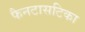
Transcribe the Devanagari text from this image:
फैनटासटिका